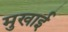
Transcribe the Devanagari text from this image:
मुखाई